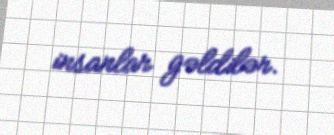
insanlar gəldilər.